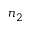
n _ { 2 }